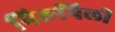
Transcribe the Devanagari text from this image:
निरूपिली